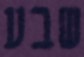
שבע